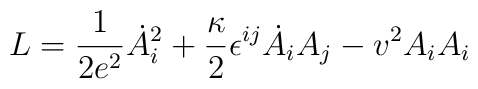
L={1\over 2 e^2}\dot{A}_i^2+{\kappa\over 2}\epsilon^{ij}\dot{A}_iA_j - v^2A_iA_i